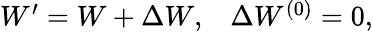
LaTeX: \begin{array}{lr}{{W^{\prime}=W+\Delta W,}}&{{\Delta W^{(0)}=0,}}\end{array}